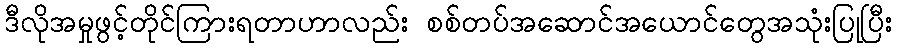
ဒီလိုအမှုဖွင့်တိုင်ကြားရတာဟာလည်း စစ်တပ်အဆောင်အယောင်တွေအသုံးပြုပြီး